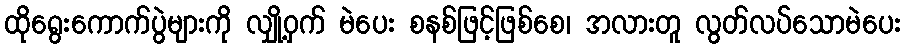
ထိုရွေးကောက်ပွဲများကို လျှို့ဝှက် မဲပေး စနစ်ဖြင့်ဖြစ်စေ၊ အလားတူ လွတ်လပ်သောမဲပေး